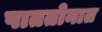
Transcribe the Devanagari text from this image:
पाततोनात